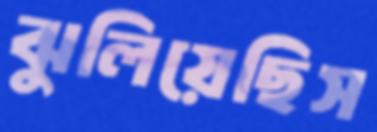
ঝুলিয়েছিস